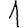
Digit: 1